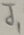
Text: J1